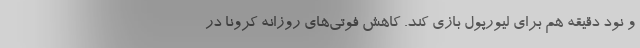
و نود دقیقه هم برای لیورپول بازی کند. کاهش فوتی‌های روزانه کرونا در